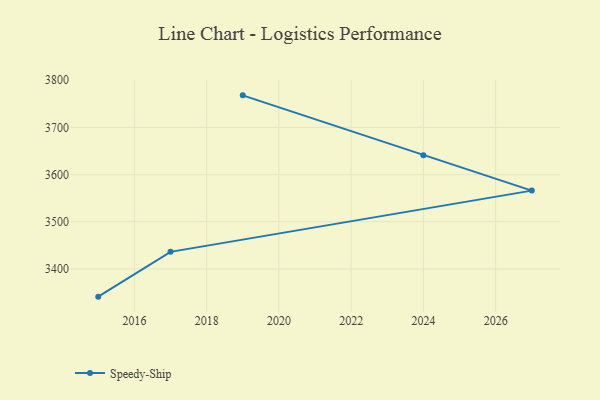
{"axis": {"x": "Year", "y": "Website Visitors"}, "legend": ["Speedy-Ship"], "data": [{"x": "2019", "y": 3767.9, "type": "Speedy-Ship"}, {"x": "2024", "y": 3640.7, "type": "Speedy-Ship"}, {"x": "2027", "y": 3566.0, "type": "Speedy-Ship"}, {"x": "2017", "y": 3436.2, "type": "Speedy-Ship"}, {"x": "2015", "y": 3341.3, "type": "Speedy-Ship"}]}